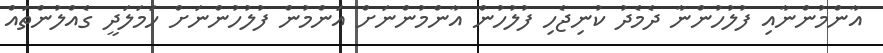
އާންމުންނާއި ފުލުހުންނާ ދެމެދު ކުނިޖެހި ފުލުހުން އާންމުންނަށް އަންމުން ފުލުހުންނަށް ހަމަލަދީ ގެއްލުންތައް